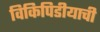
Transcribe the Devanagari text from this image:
विकिपिडीयाची